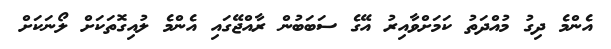
އެންމެ ދިގު މުއްދަތު ކަމަށްވާއިރު އޭގެ ސަބަބުން ރާއްޖޭގައި އެންމެ ލުއިގޮތަކަށް ލޯނަކަށް